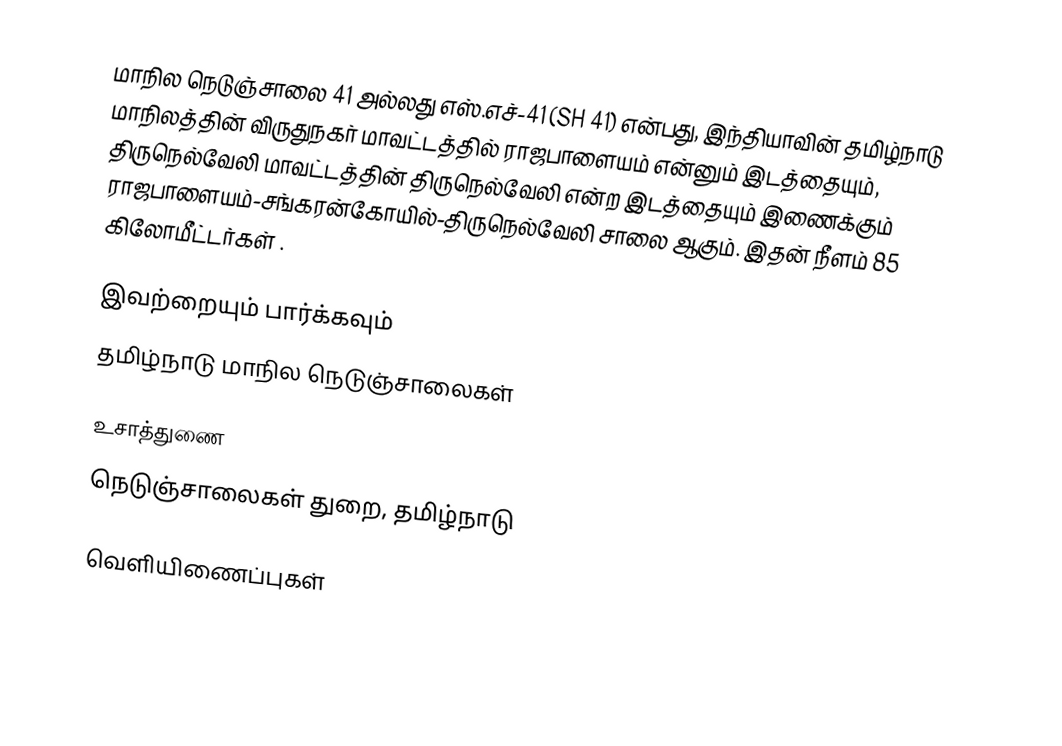
மாநில நெடுஞ்சாலை 41 அல்லது எஸ்.எச்-41 (SH 41) என்பது, இந்தியாவின் தமிழ்நாடு மாநிலத்தின் விருதுநகர் மாவட்டத்தில் ராஜபாளையம் என்னும் இடத்தையும், திருநெல்வேலி மாவட்டத்தின் திருநெல்வேலி என்ற இடத்தையும் இணைக்கும் ராஜபாளையம்-சங்கரன்கோயில்-திருநெல்வேலி சாலை ஆகும். இதன் நீளம் 85  கிலோமீட்டர்கள் .

இவற்றையும் பார்க்கவும்
 தமிழ்நாடு மாநில நெடுஞ்சாலைகள்

உசாத்துணை
 நெடுஞ்சாலைகள் துறை, தமிழ்நாடு

வெளியிணைப்புகள்